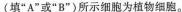
体现淡水变形虫的运动能力外，还说明淡水变形